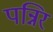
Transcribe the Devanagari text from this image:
पन्निर